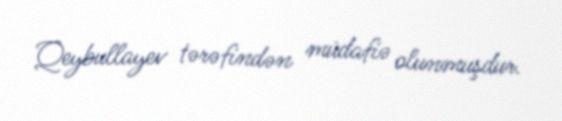
Qeybullayev tərəfindən müdafiə olunmuşdur.